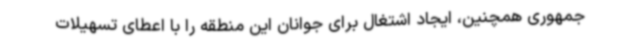
جمهوری همچنین، ایجاد اشتغال برای جوانان این منطقه را با اعطای تسهیلات